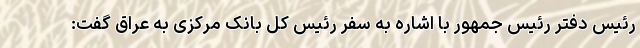
رئیس دفتر رئیس جمهور با اشاره به سفر رئیس کل بانک مرکزی به عراق گفت: